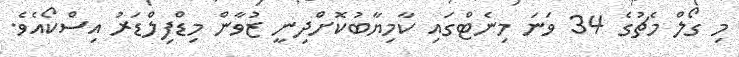
މި ގޯލް މެޗުގެ 34 ވަނަ މިނެޓްގައި ކާމިޔާބުކޮށްދިނީ ޒުވާން މިޑްފިލްޑަރު އިސްކޯއެވެ.